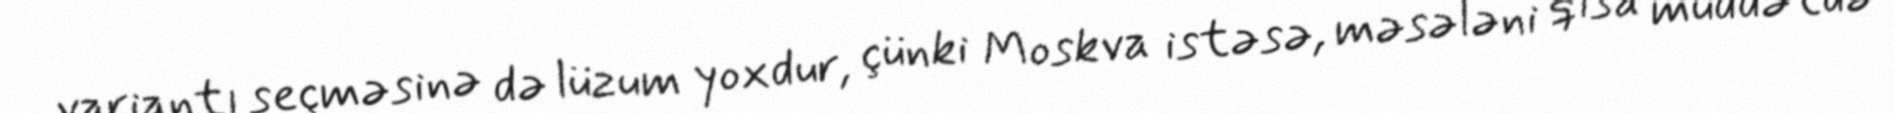
variantı seçməsinə də lüzum yoxdur, çünki Moskva istəsə, məsələni qısa müddətdə